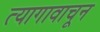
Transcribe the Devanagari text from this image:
त्यागावाचून